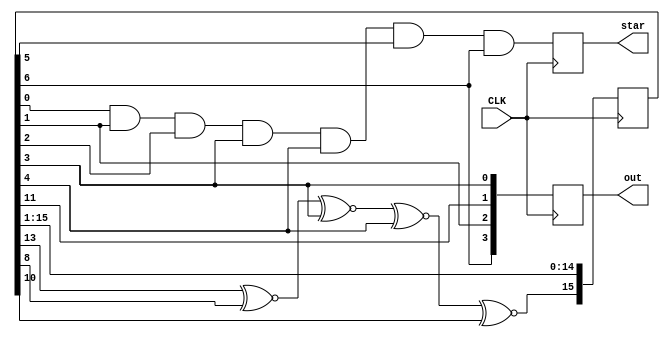
module random_4bit(input CLK, output reg[3:0] out, output reg star);

reg[15:0] shift = 16'h9252;

always @(posedge CLK) begin
	shift[15] <= shift[13] ~^ shift[8] ~^ shift[3] ~^ shift[4] ~^ shift[10];
	shift[14:0] <= shift[15:1];

	out = {shift[6],shift[1],shift[11],shift[3]};
	star = shift[0] & shift[1] & shift[2] & shift[3] & shift[4] & shift[5] & shift[6];
end

endmodule